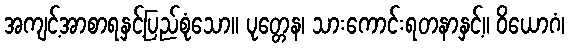
အကျင့်အာစာရနှင့်ပြည်စုံသော။ ပုတ္တေန၊ သားကောင်းရတနာနှင့်။ ဝိယောဂံ၊